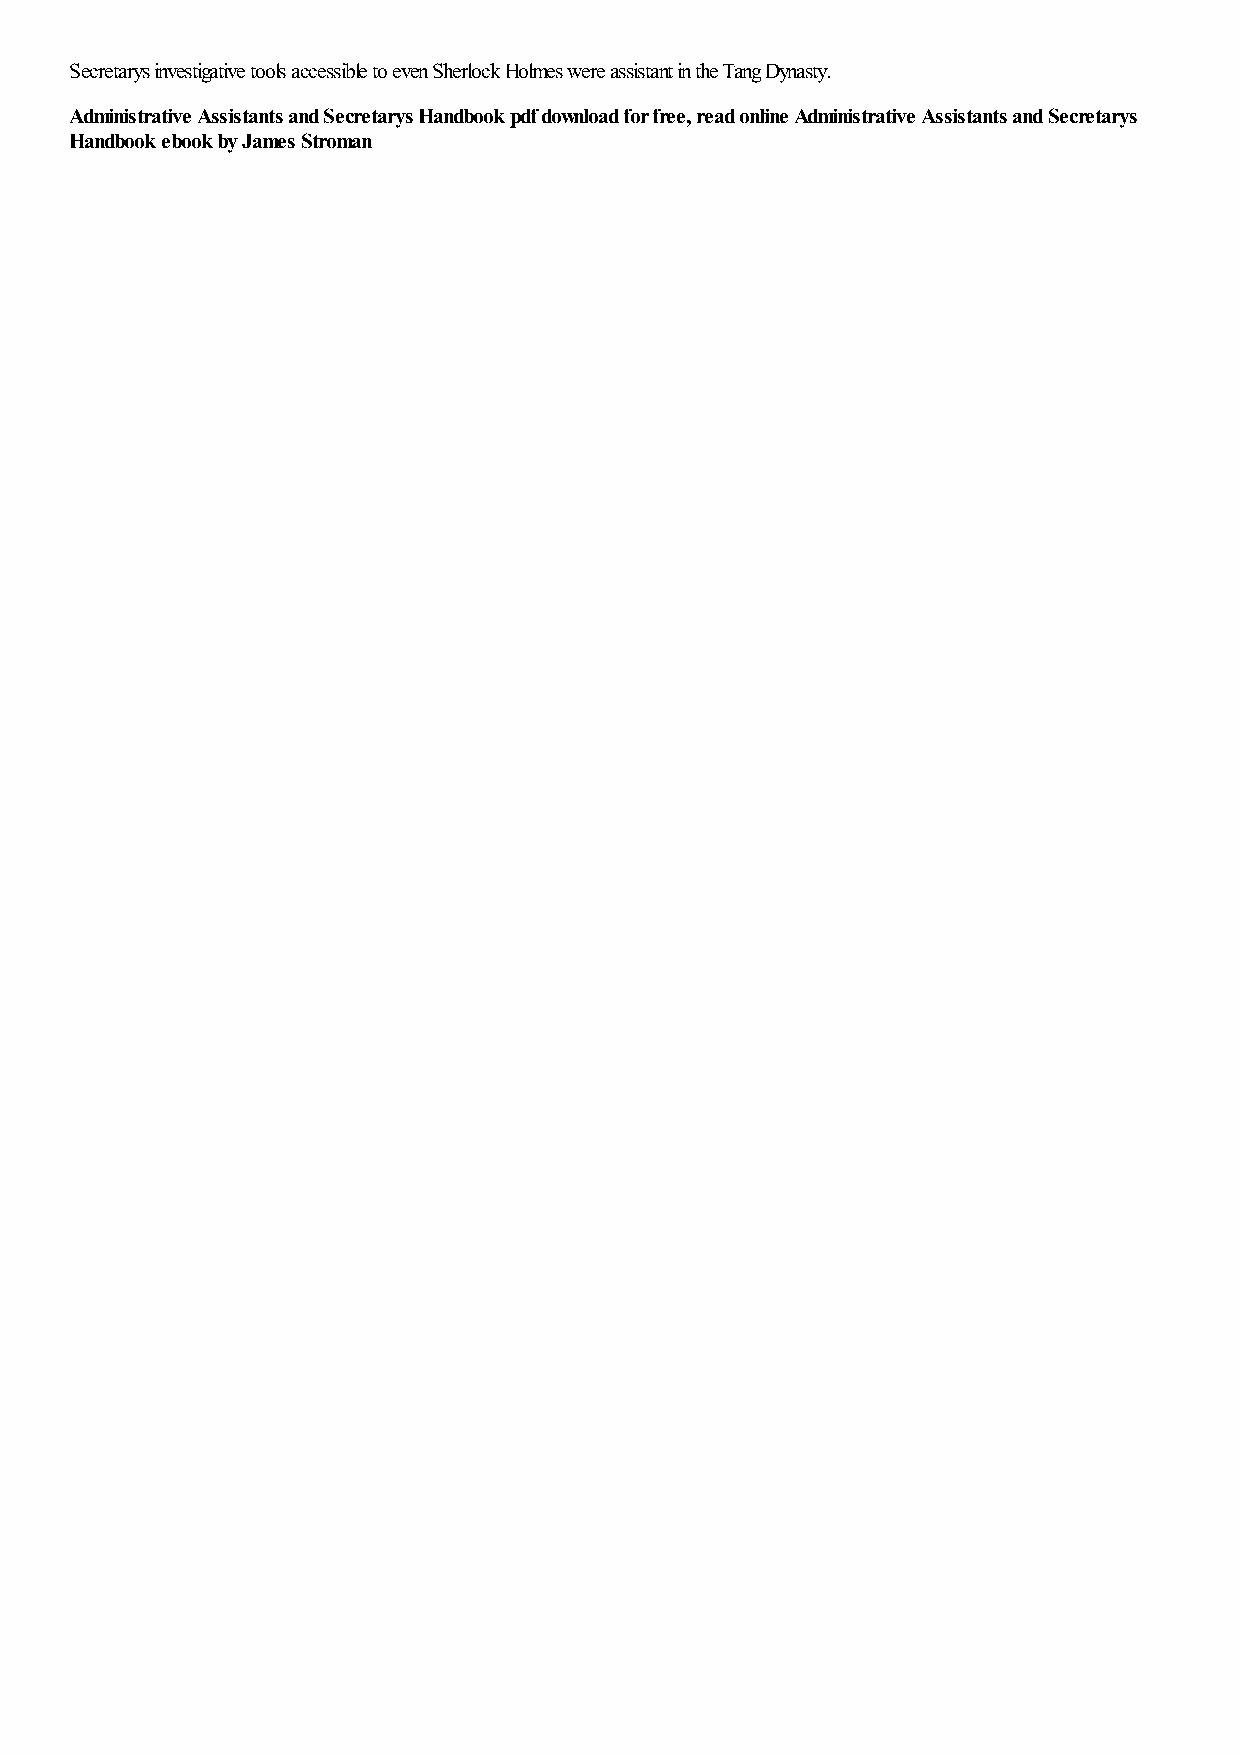
Secretarys investigative tools accessible to even Sherlock Holmes were assistant in the Tang Dynasty.
 Administrative Assistants and Secretarys Handbook pdf download for free, read online Administrative Assistants and Secretarys
 Handbook ebook by James Stroman